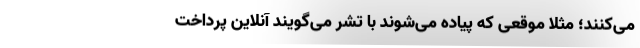
می‌کنند؛ مثلا موقعی که پیاده می‌شوند با تشر می‌گویند آنلاین پرداخت